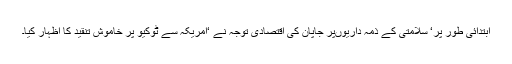
ابتدائی طور پر‘ سلامتی کے ذمہ داریوںپر جاپان کی اقتصادی توجہ نے ‘امریکہ سے ٹوکیو پر خاموش تنقید کا اظہار کیا۔